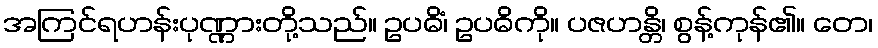
အကြင်ရဟန်းပုဏ္ဏားတို့သည်။ ဥပဓိံ၊ ဥပဓိကို။ ပဇဟန္တိ၊ စွန့်ကုန်၏။ တေ၊